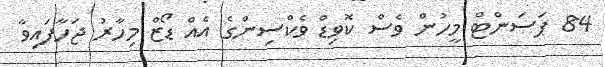
84 ޕަސަންޓް މީހުން ވެސް ކޮވިޑް ވެކްސިންގެ އެއް ޑޯޒް މިހާރު ޖަހާފައިވާ